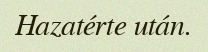
Hazatérte után.